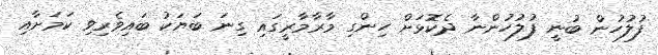
ފުލުހުން ބުނީ ފުލުހުންނާ ދެކޮޅަށް ހިންގި މާރާމާރީގައި ގިނަ ބަޔަކު ބައިވެރިވި ކަމަށާއި